Lock hospitals Punjab
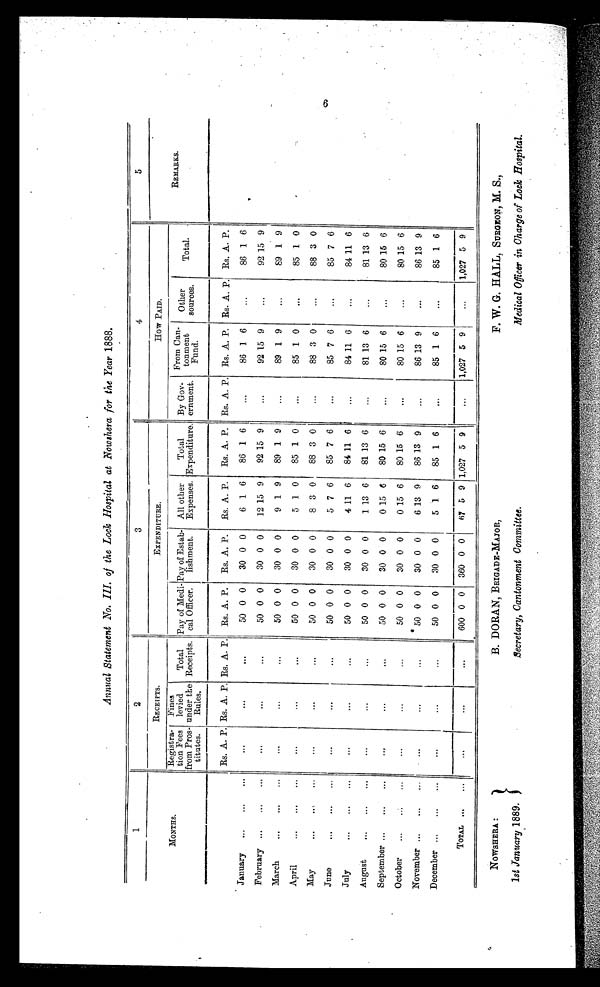
NOWSHERA :
1st January 1889.
B. DORAN, BRIGADE-MAJOR,
Secretary, Cantonment Committee.
F. W. G. HALL, SURGEON, M. S.,
Medical Officer in Charge of Lock Hospital.
Annual Statement No. III. of the Lock Hospital at Nowshera for the Year 1888.
1
2
3
4
5
MONTHS.
RECEIPTS.
EXPENDITURE.
How PAID.
R E M A R K S .
Registra
tion Fees
from Pros
titutes.
Fines
levied
under the
Rules.
Total
Receipts.
Pay of Medi-
cal Officer.
Pay of Estab-
lishment.
All other
Expenses.
Total
Expenditure.
By Gov-
ernment.
From Can-
tonment
Fund.
Other
sources.
Total.
Rs. A. P. Rs. A. P. Rs. A. P.
Rs. A. P.
Rs. A. P.
.Rs. A. P.
Rs. A. P. Rs. A. P. Rs. A. P. Rs. A. P. Rs. A. P.
January
...
... ...
50 0 0
30 0 0
6 1 6
86 1 6
...
86 1 6
...
86 1 6
February
...
...
...
50 0 0
30 0 0
12 15 9
92 15 9
...
92 15 9
...
92 15 9
March
...
...
...
50 0 0
30 0 0
9 1 9
89 1 9
89 1 9
...
89 1 9
April
...
...
...
50 0 0
30 0 0
5 1 0
85 1 0
...
85 1 0
...
85 1 0
May
...
...
...
50 0 0
30 0 0
8 3 0
88 3 0
...
88 3 0
88 3 0
June
...
. . .
...
5 0
0 0
3 0
0 0
5
6 0
8 5 7
6
...
8 5 7
6
...
8 5 7
6
July
... ... ...
50 0 0
30 0 0
4 11 6
84 11 6
...
84 11 6
...
84 11 6
August
...
...
...
50 0 0
30 0 0
1 13 6
81 13 6
...
81 13 6
...
81 13 6
September
... ... ...
50 0 0
30 0 0
0 15 6
80 15 6
...
80 15 6
..,
80 15 6
October
...
...
...
50 0 0
30 0 0
0 15 6
80 15 6
...
8 0
15 6
...
80 15 6
November
. . .
. . .
...
50 0 0
30 0 0
6 13 9
86 13 9
. . .
86 13 9
...
86 13 9
December
...
...
...
50 0 0
30 0 0
5 1. 6
85 1 6
. . .
85 1 6
...
85 1 6
TOTAL
. . .
...
... ... ...
600 0 0
360 0 0
67 5 9 1,027 5 9
...
1,027 5 9
. . .
1,027 5 9
6